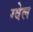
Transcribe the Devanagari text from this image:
ग्वेल